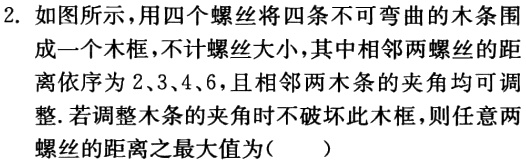
2. 如图所示，用四个螺丝将四条不可弯曲的木条围成一个木框，不计螺丝大小，其中相邻两螺丝的距离依序为\(2\)、\(3\)、\(4\)、\(6\)，且相邻两木条的夹角均可调整.若调整木条的夹角时不破坏此木框，则任意两螺丝的距离之最大值为（  ）